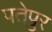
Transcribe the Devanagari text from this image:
पतेपुर